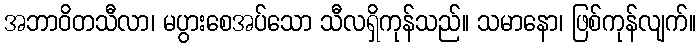
အဘာဝိတသီလာ၊ မပွားစေအပ်သော သီလရှိကုန်သည်။ သမာနော၊ ဖြစ်ကုန်လျက်။